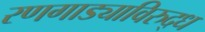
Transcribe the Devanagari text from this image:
रणगाड्याविरुद्ध